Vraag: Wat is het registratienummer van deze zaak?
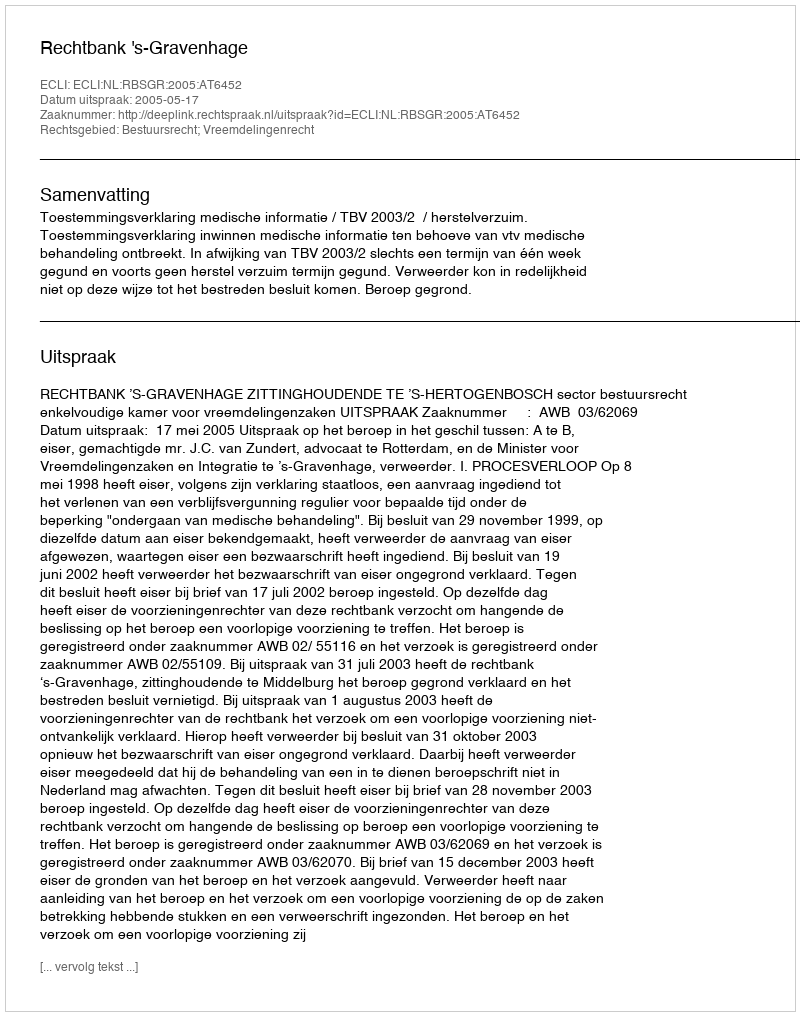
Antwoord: http://deeplink.rechtspraak.nl/uitspraak?id=ECLI:NL:RBSGR:2005:AT6452